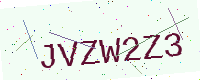
Text: JVZW2Z3